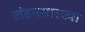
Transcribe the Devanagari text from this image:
लंडनसारख्या